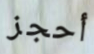
أحجز